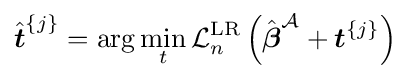
{\hat {\boldsymbol {t}}}^{\{j\}}=\arg \min _{t}{\mathcal {L}}_{n}^{\text{LR}}\left({\hat {\boldsymbol {\beta }}}^{\mathcal {A}}+{\boldsymbol {t}}^{\{j\}}\right)